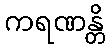
ကရဏန္တိ